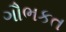
ગૌભકત